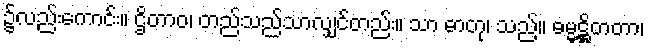
၌လည်းကောင်း။ ဌိတာဝ၊ တည်သည်သာလျှင်တည်း။ သာ ဓာတု၊ သည်။ ဓမ္မဋ္ဌိတတာ၊